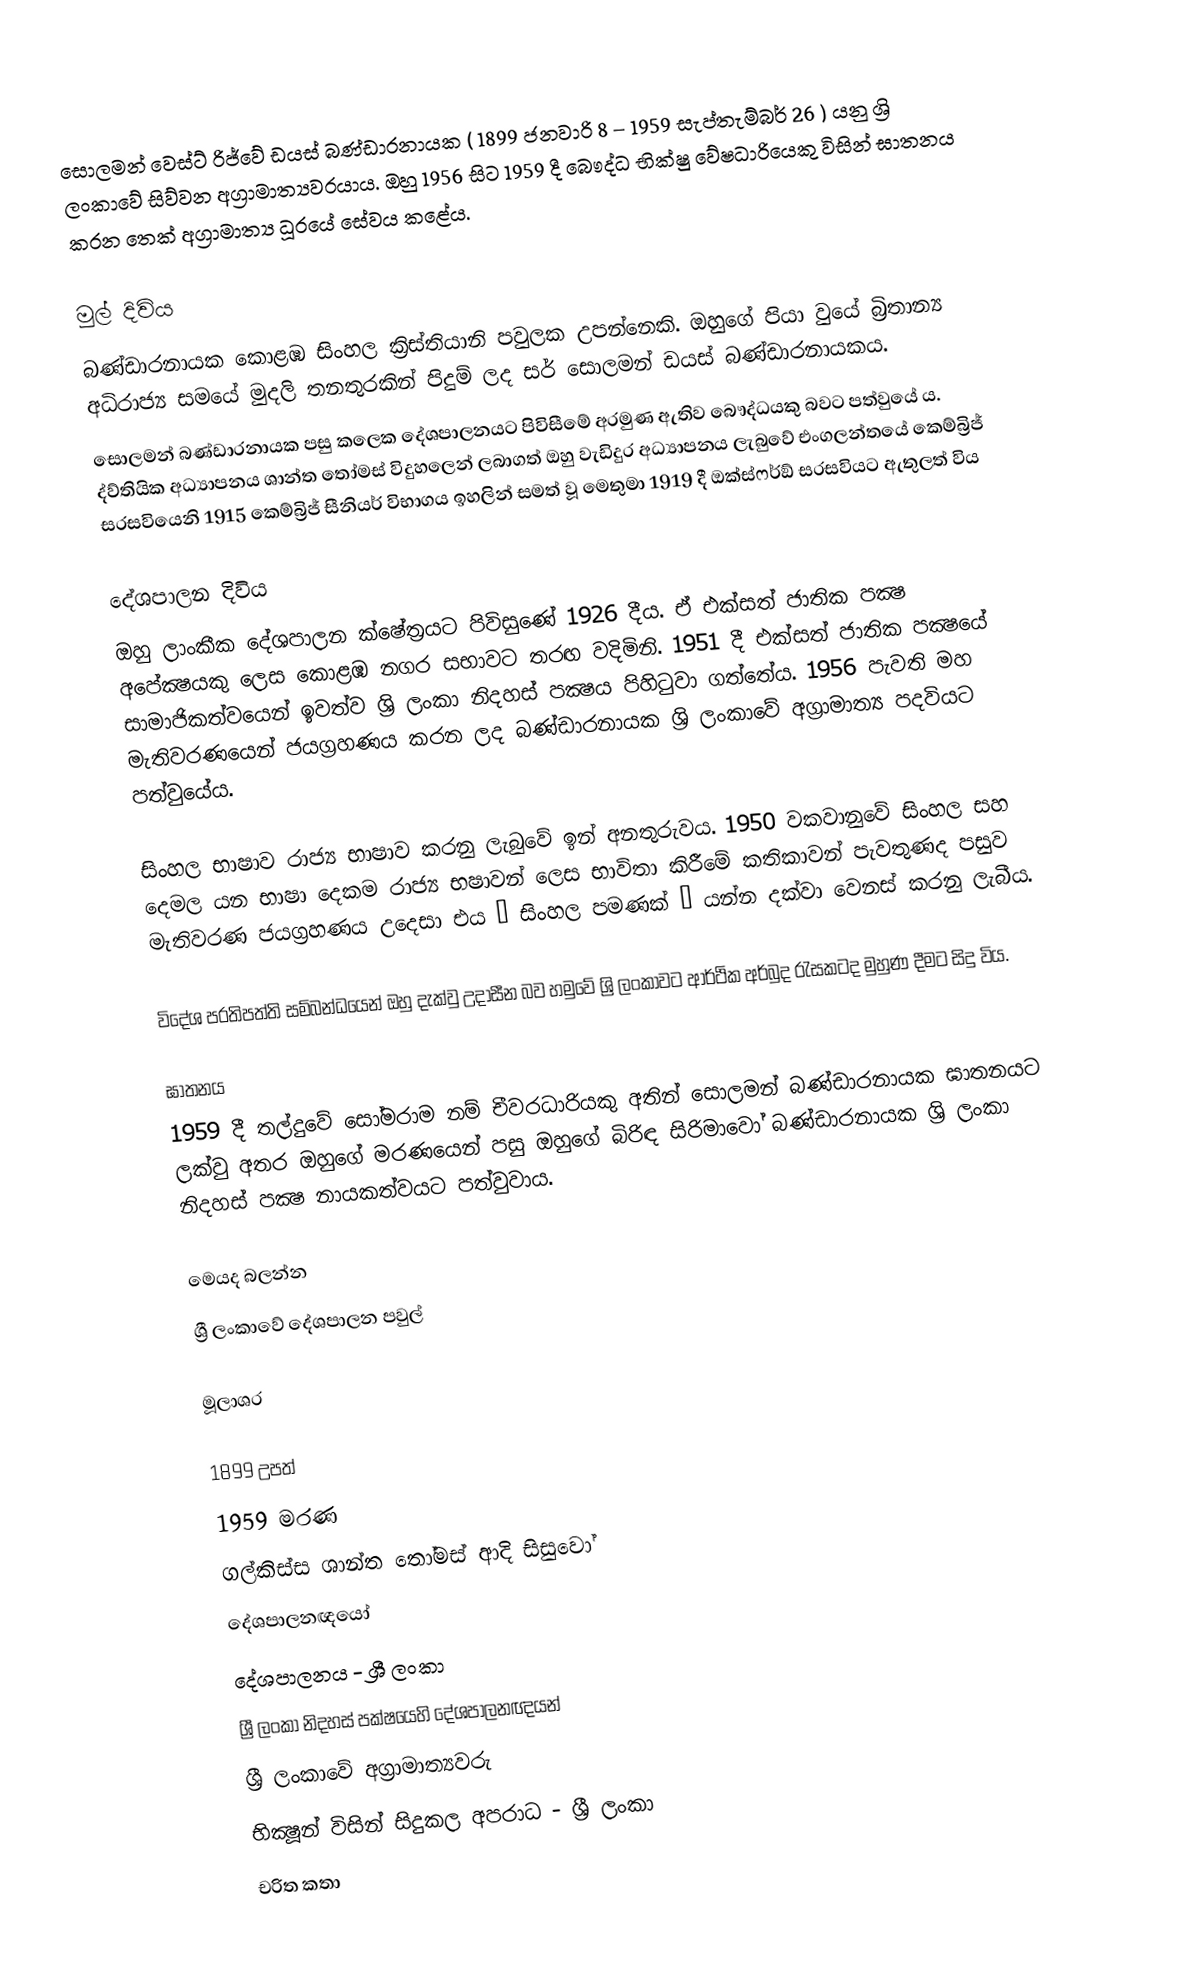
සොලමන් වෙස්ට් රිජ්වේ ඩයස් බණ්ඩාරනායක ( 1899 ජනවාරි 8  – 1959 සැප්තැම්බර් 26 ) යනු ශ්‍රි ලංකාවේ සිව්වන අග්‍රාමාත්‍යවරයාය. ඔහු 1956 සිට 1959 දී බෞද්ධ භික්ෂු වේෂධාරියෙකු විසින් ඝාතනය කරන තෙක් අග්‍රාමාත්‍ය ධූරයේ සේවය කළේය.

මුල් දිවිය
බණ්ඩාරනායක කොළඹ සිංහල ක්‍රිස්තියානි පවුලක උපන්නෙකි. ඔහුගේ පියා වුයේ බ්‍රිතාන්‍ය අධිරාජ්‍ය සමයේ මුදලි තනතුරකින් පිදුම් ලද සර් සොලමන් ඩයස් බණ්ඩාරනායකය.
සොලමන් බණ්ඩාරනායක පසු කලෙක දේශපාලනයට පිවිසීමේ අරමුණ ඇතිව බෞද්ධයකු බවට පත්වුයේ ය. ද්ව්තියික අධ්‍යාපනය ශාන්ත තෝමස් විදුහලෙන් ලබාගත් ඔහු වැඩිදුර අධ්‍යාපනය ලැබුවේ එංගලන්තයේ කෙම්බ්‍රිජ් සරසවියෙනි 1915 කෙම්බ්‍රිජ් සීනියර් විභාගය ඉහලින් සමත් වූ මෙතුමා  1919 දී ඔක්ස්ෆර්ඞ් සරසවියට ඇතුලත් විය

දේශපාලන දිවිය
ඔහු ලාංකීක දේශපාලන ක්ෂේත‍්‍රයට පිවිසුණේ 1926 දීය. ඒ එක්සත් ජාතික පක්‍ෂ අපේක්‍ෂයකු ලෙස කොළඹ නගර සභාවට තරඟ වදිමිනි. 1951 දී එක්සත් ජාතික පක්‍ෂයේ සාමාජිකත්වයෙන් ඉවත්ව ශ්‍රි ලංකා නිදහස් පක්‍ෂය  පිහිටුවා ගත්තේය. 1956 පැවති මහ මැතිවරණයෙන් ජයග‍්‍රහණය කරන ලද බණ්ඩාරනායක ශ්‍රි ලංකාවේ අග‍්‍රාමාත්‍ය පදවියට පත්වුයේය.

සිංහල භාෂාව රාජ්‍ය භාෂාව කරනු ලැබුවේ ඉන් අනතුරුවය. 1950 වකවානුවේ සිංහල සහ දෙමල යන භාෂා දෙකම රාජ්‍ය භෂාවන් ලෙස භාවිතා කිරීමේ කතිකාවන් පැවතුණද පසුව මැතිවරණ ජයග‍්‍රහණය උදෙසා එය ‘ සිංහල පමණක් ’ යන්න දක්වා වෙනස් කරනු ලැබීය.

විදේශ ප‍්‍රතිපත්ති සම්බන්ධයෙන් ඔහු දැක්වු උදාසීන බව හමුවේ ශ්‍රි ලංකාවට ආර්ථික අර්බුද රැසකටද මුහුණ දීමට සිදු විය.

ඝාතනය
1959 දී තල්දුවේ සෝමරාම නම් චීවරධාරියකු අතින් සොලමන් බණ්ඩාරනායක ඝාතනයට ලක්වු අතර ඔහුගේ මරණයෙන් පසු ඔහුගේ බිරිඳ සිරිමාවෝ බණ්ඩාරනායක ශ්‍රි ලංකා නිදහස් පක්‍ෂ නායකත්වයට පත්වුවාය.

මෙයද බලන්න
 ශ්‍රී ලංකාවේ දේශපාලන පවුල්

මූලාශ‍්‍ර

1899 උපත්
1959 මරණ
ගල්කිස්ස ශාන්ත තෝමස් ආදි සිසුවෝ
දේශපාලනඥයෝ
දේශපාලනය - ශ්‍රී ලංකා
ශ්‍රී ලංකා නිදහස් පක්ෂයෙහි දේශපාලනඥයන්
ශ්‍රී ලංකාවේ අග්‍රාමාත්‍යවරු
භික්‍ෂූන් විසින් සිදුකල අපරාධ - ශ්‍රී ලංකා
චරිත කතා